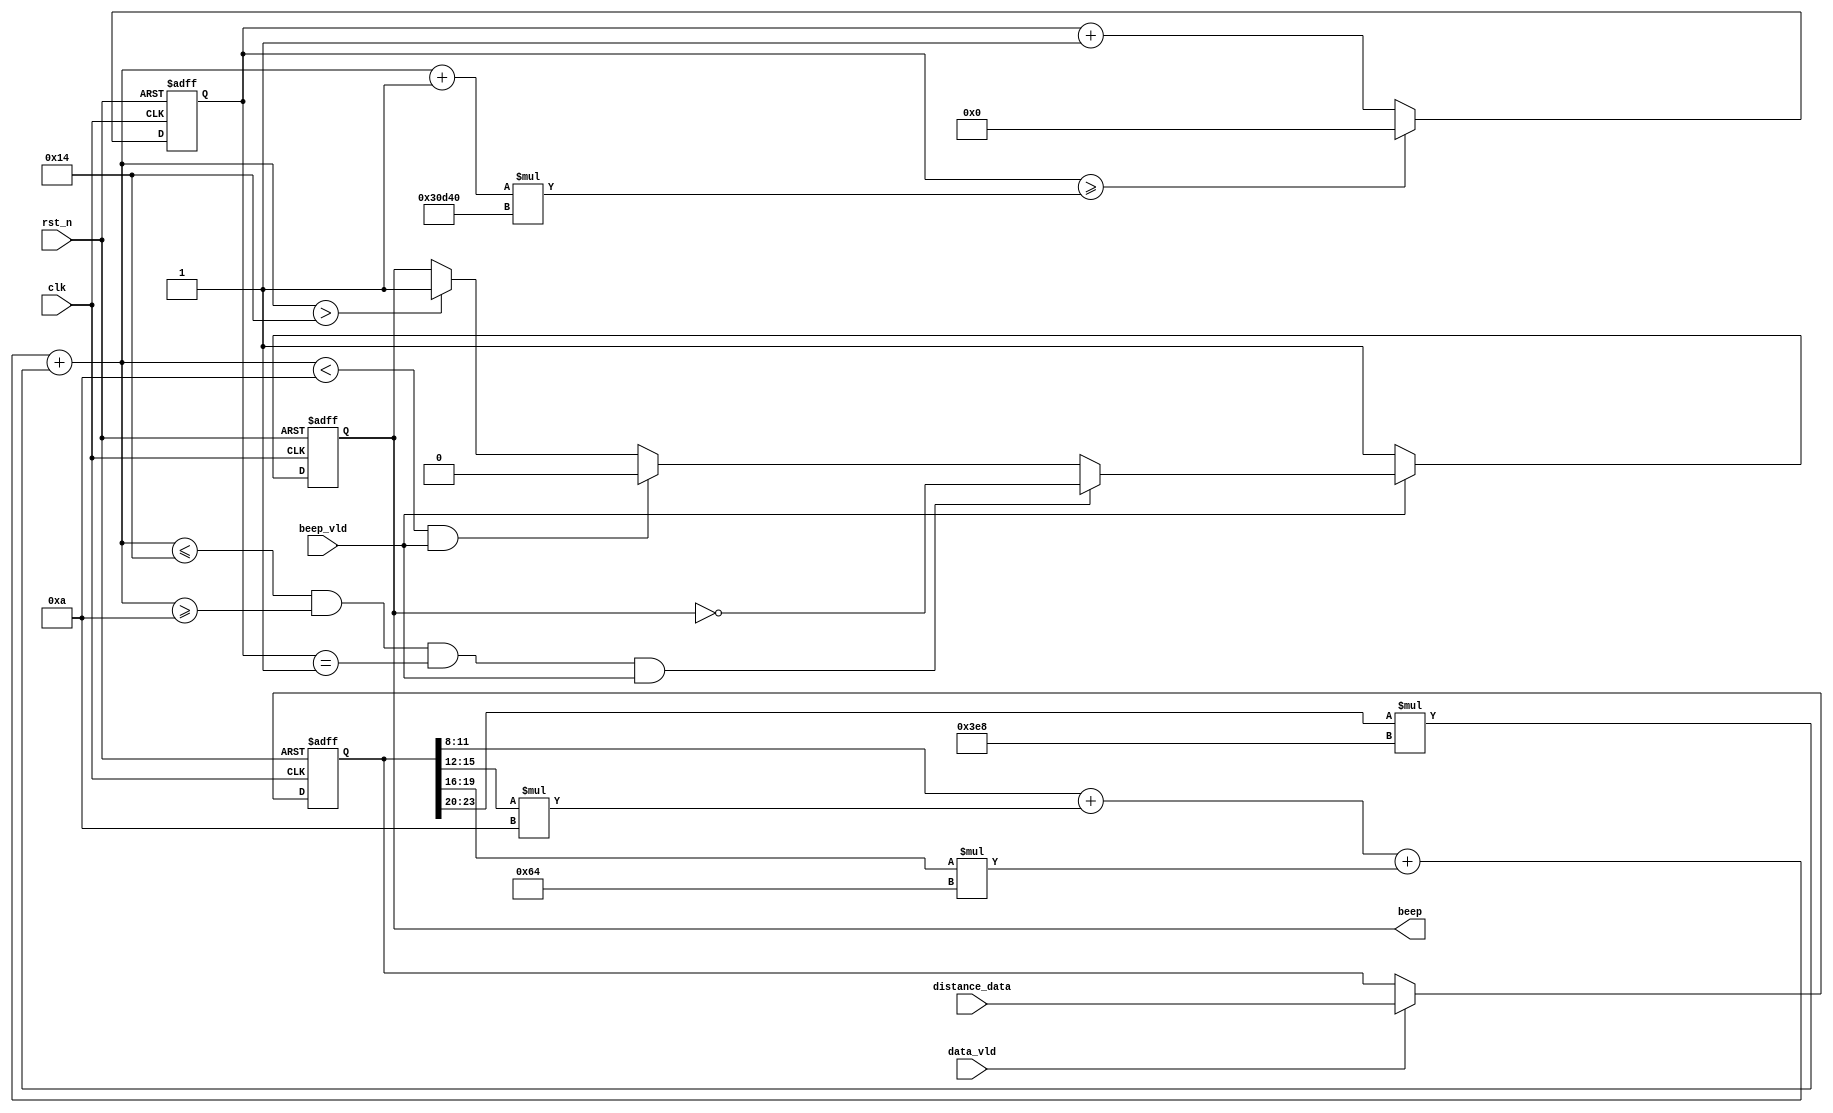
module beep_dirve (
    input			wire						clk,
    input			wire						rst_n,
    input			wire						beep_vld,
    input			wire						data_vld,
    input			wire		[ 23:0 ]		distance_data,
    output			reg						    beep
);

parameter	MAX_DISTANCE = 20;
parameter	MIN_DISTANCE = 10;
parameter	MAX_TIME = 50_000_000;
reg			[ 27:0 ]			cnt			        ;
wire		[ 27:0 ]			delay			    ;
wire		[ 19:0 ]			distance			;
reg			[ 23:0 ]			distance_data_r			;
// wire			[ 19:0 ]			distance_r			;

//
always @(posedge clk or negedge rst_n) begin
    if(!rst_n) begin
        distance_data_r <= 0;
    end
    else if(data_vld) begin
        distance_data_r <= distance_data;
    end
end
// 
assign distance = distance_data_r[11:8] + distance_data_r[15:12] * 10 + distance_data_r[19:16] * 100 + distance_data_r[23:20] *1000;
assign delay =  ((distance ) + 1) * 200_000;

// // led
always @( posedge clk or negedge rst_n ) begin
    if ( !rst_n ) begin
        cnt <= 0;
    end
    else if ( cnt >= delay  ) begin
        cnt <= 0;
    end
    else begin
        cnt <= cnt + 1; 
    end 
end

always @(posedge clk or negedge rst_n) begin
    if(!rst_n) begin
        beep <= 1;
    end
    else if(~beep_vld) begin
        beep <= 1;
    end
    else if(distance <= MAX_DISTANCE && distance >= MIN_DISTANCE && cnt == 1 && beep_vld) begin
        beep <= ~ beep;
    end
    else if(distance < MIN_DISTANCE && beep_vld) begin
        beep <= 0;
    end
    else if(distance > MAX_DISTANCE) begin
        beep <= 1;
    end
    else begin
        beep <= beep;
    end
end

endmodule //beep_dirve